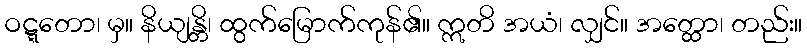
ဝဋ္ဋတော၊ မှ။ နိယျန္တိ၊ ထွက်မြောက်ကုန်၏။ ဣတိ အယံ၊ လျှင်။ အတ္ထော၊ တည်း။